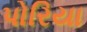
પોરિયા